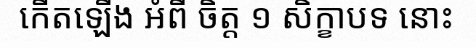
កើតឡើង អំពី ចិត្ត ១ សិក្ខាបទ នោះ